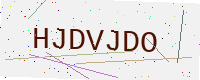
Text: HJDVJDO